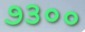
૭૩૦૦